Document type: Sale
Year: 1226
Scribe: Ramon d'Om
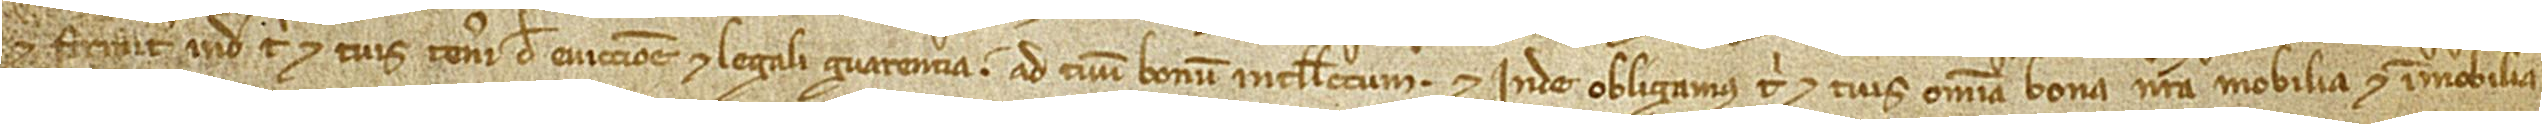
et firmiter inde tibi et tuis teneri de eviccione et legali guarentia ad tuum bonum intellectum. Et inde obligamus tibi et tuis omnia bona nostra, mobilia et immobilia,